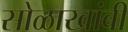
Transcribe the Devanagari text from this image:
सोळाखांबी